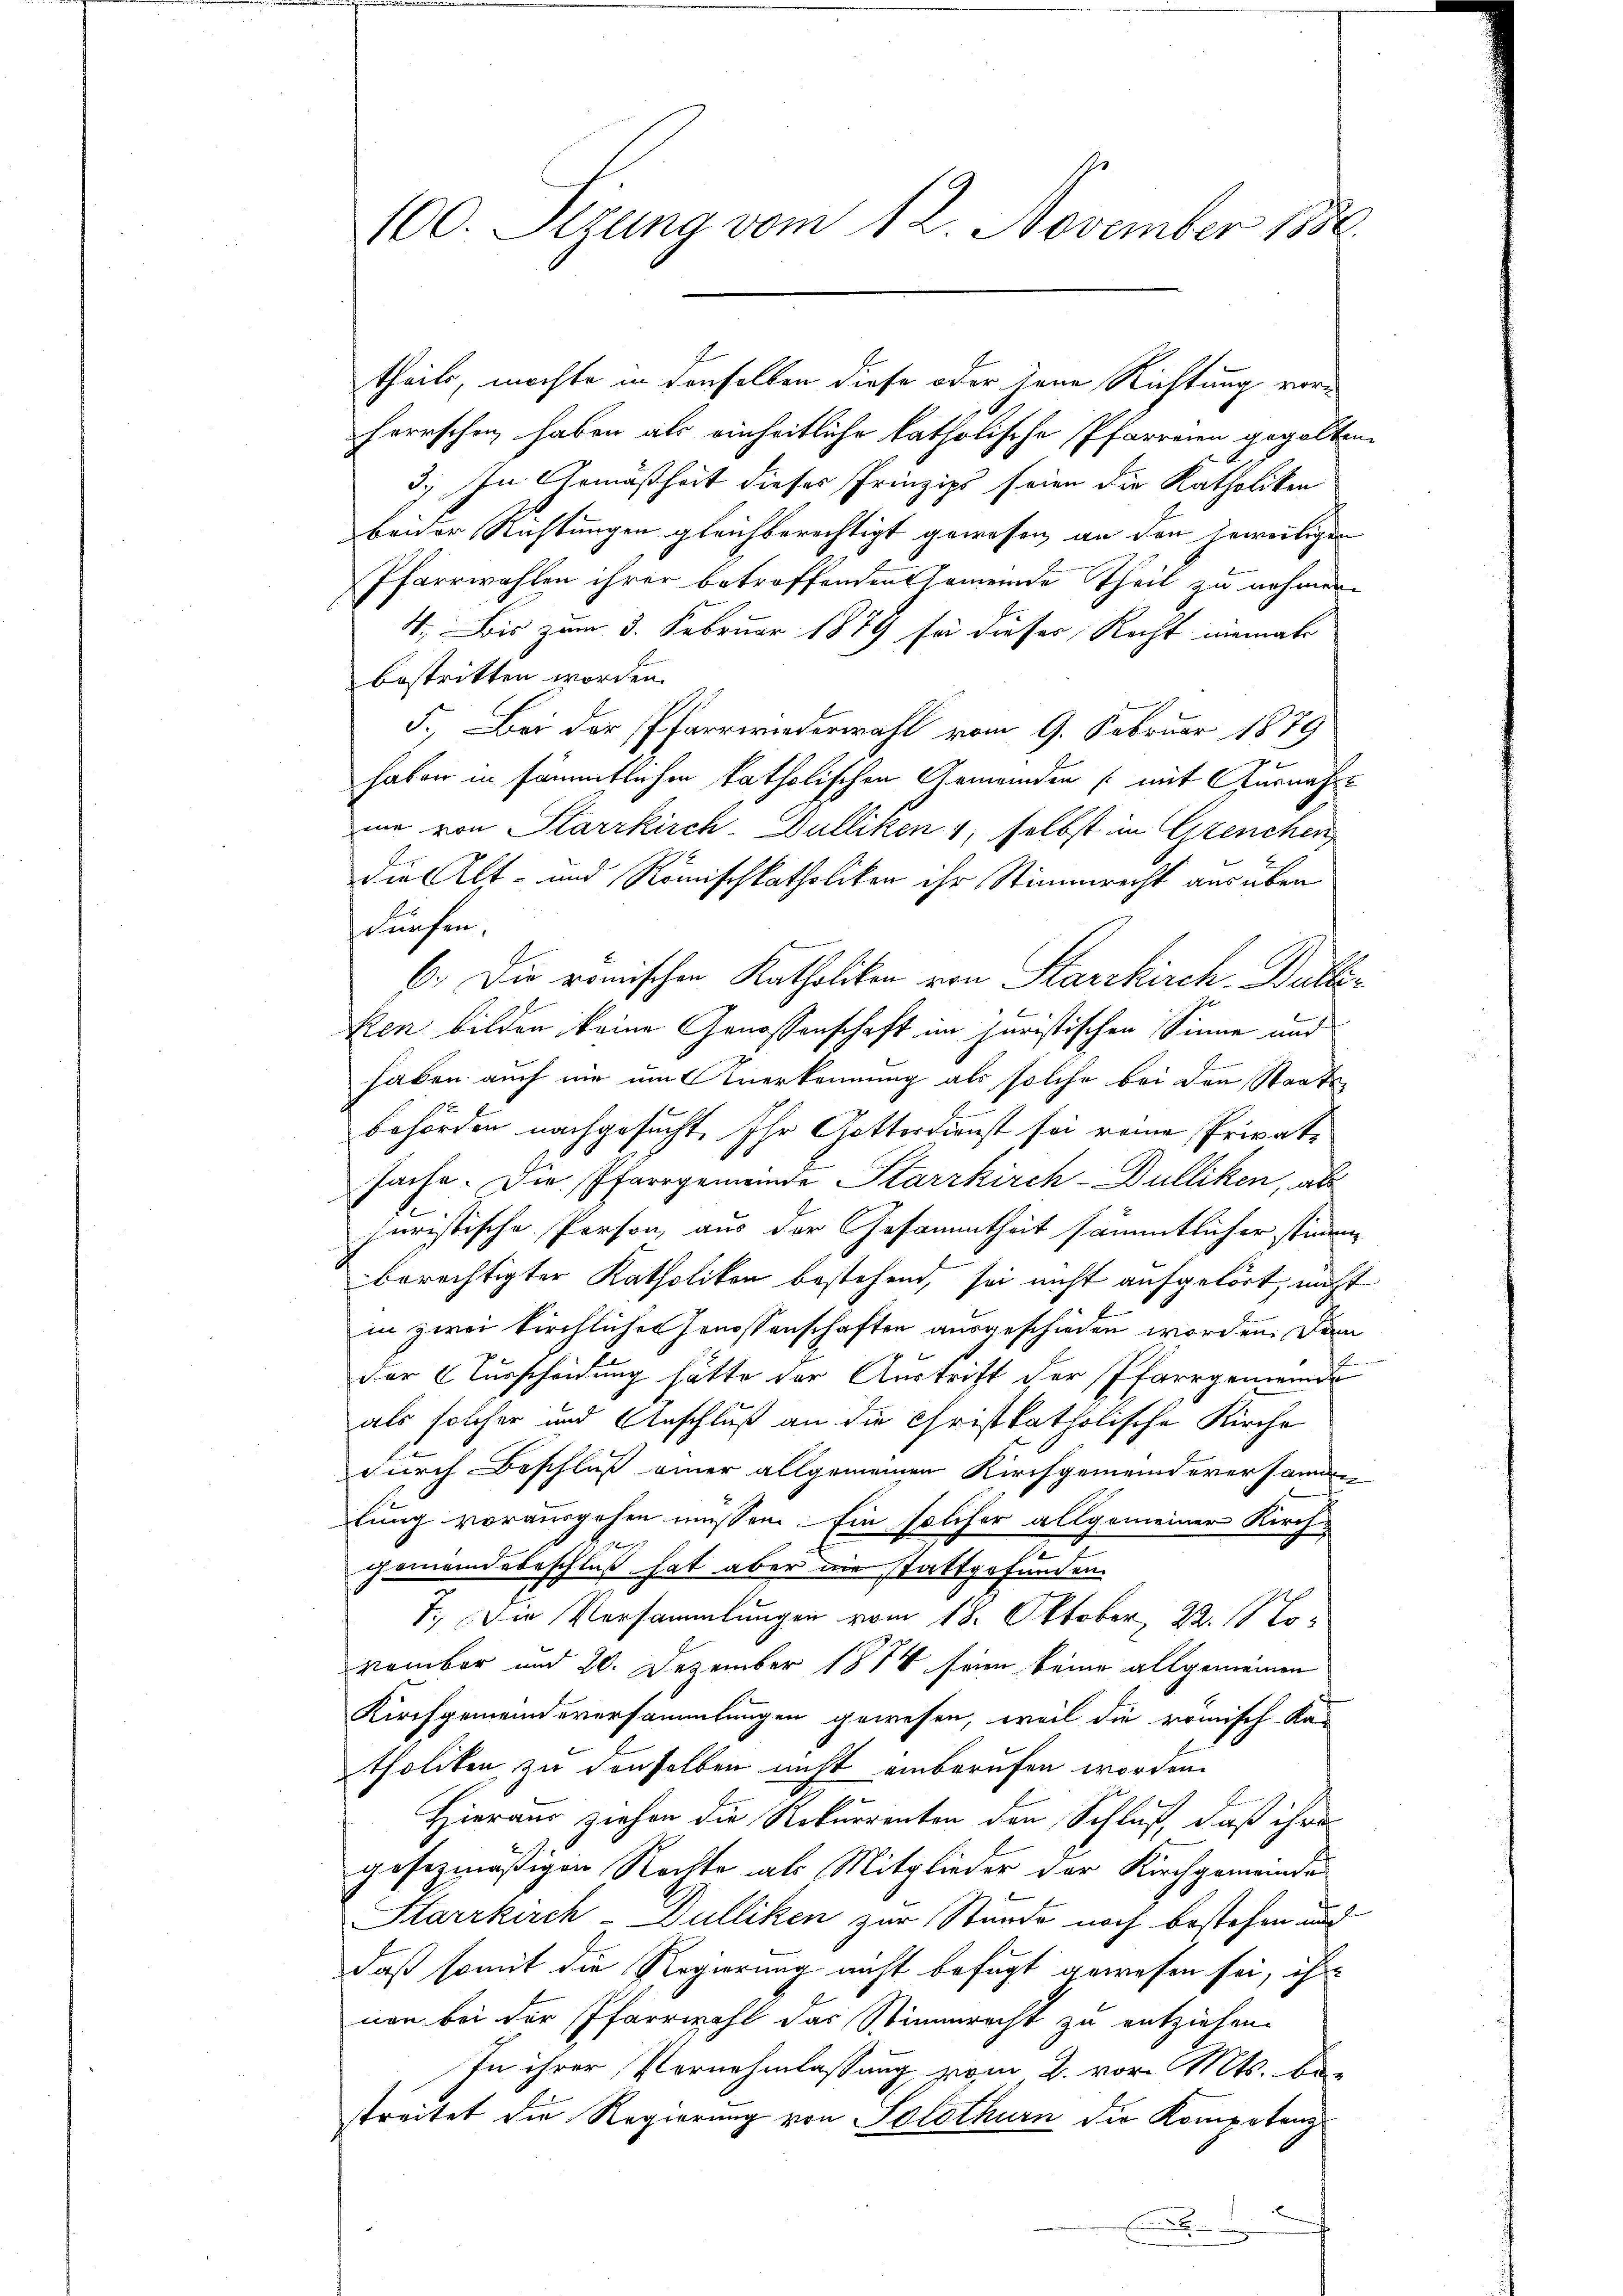
100. Sizung vom 12. November 1886.

theils, möchte in denselben diese oder jene Richtung vorherrschen haben als einheitliche katholische Pfarreren gegolten
3.) In Gemäßheit dieses Prinzips seien die Katholiken
beider Richtungen gleichberechtigt gewesen, an den jeweiligen
Pfarrwahlen ihrer betroffendens semeinde Theil zu nehmen.
4. Bis zum 3. Februar 1879 sei dieser Recht niemale
bestritten worden.
5.) Bei der Pfarrwiederwahl vom 9. Februar 1879
haben in sämmtlichen katholischen Gemeinden (mit Ausnah
ii von Starrkirch. Galliken 1, selbst in Grenchen
x
die Alt- und Römischkatholiken ihr Stimmrecht ausüben
dürfen.
6.) Die remischen Katholiken von Starrkirch. Balliken bilden keine Genossenschaft im Juristischen Sinne und
haben auch nie um Anerkennung als solche bei den Staatsbehörden nachgesucht, Ihr Gotterdienst sei reine Privatsache. Die Pfarrgemeinde Starrkirch-Dulliken, abs
juristische Person, aus der Gesammtheit sämmtlicher stimm
berechtigter Katholikon bestehend, sei nicht aufgehört, nicht
E
in zwei kirchlicher Genossenschaften ausgeschieden worden. Dem
der Curscheidung hätte der Austritt der Pfarrgemeinde
als solcher und Anschluß an die Christkatholische Kirche
durch Beschluß einer allgemeinen Kirchgemeinderersammen
lung vorausgehen müssen. Ein solcher allgemeiner Kirchgemeindebeschluß hat aber die stattgefunden.
7. Die Versammlungen vom 18. Oktober, 22. 18. Lovember und 20. Dezember 1874 seien keine allgemeinen
Kirchgemeindsversammlungen gewesen, weil die römisch-Ka-
tholiken zu denselben nicht einberufen worden.
Hieraus ziehen die Rekurrenten den Schluß, daß ihre
gesezmäßigen Rechte als Mitglieder der Kirchgemeinde
Starrkirch-Dulliken zur Stunde noch bestehen und
daß somit die Regierung nicht befugt gewesen sei, ihr
nen bei der Pfarrwahl das Stimmrecht zu entziehen.
In ihrer Vernehmlassung vom 2. vor. Mts. be-
streitet die Regierung von Solothurn die Kompetenz
e
E